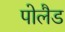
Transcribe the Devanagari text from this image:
पोलैड